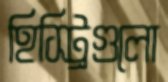
হিস্ট্রিগুলো